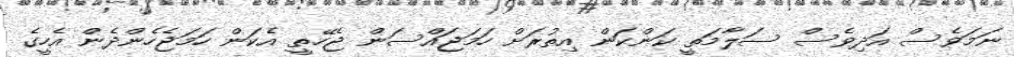
ނަމަވެސް އަދިވެސް ސަލާމަތީ ކަންކަން އިތުރަށް ހަމަޖައްސަން ޖެހޭތީ އެކަން ހަމަޖެހެންދެން އެހީގެ